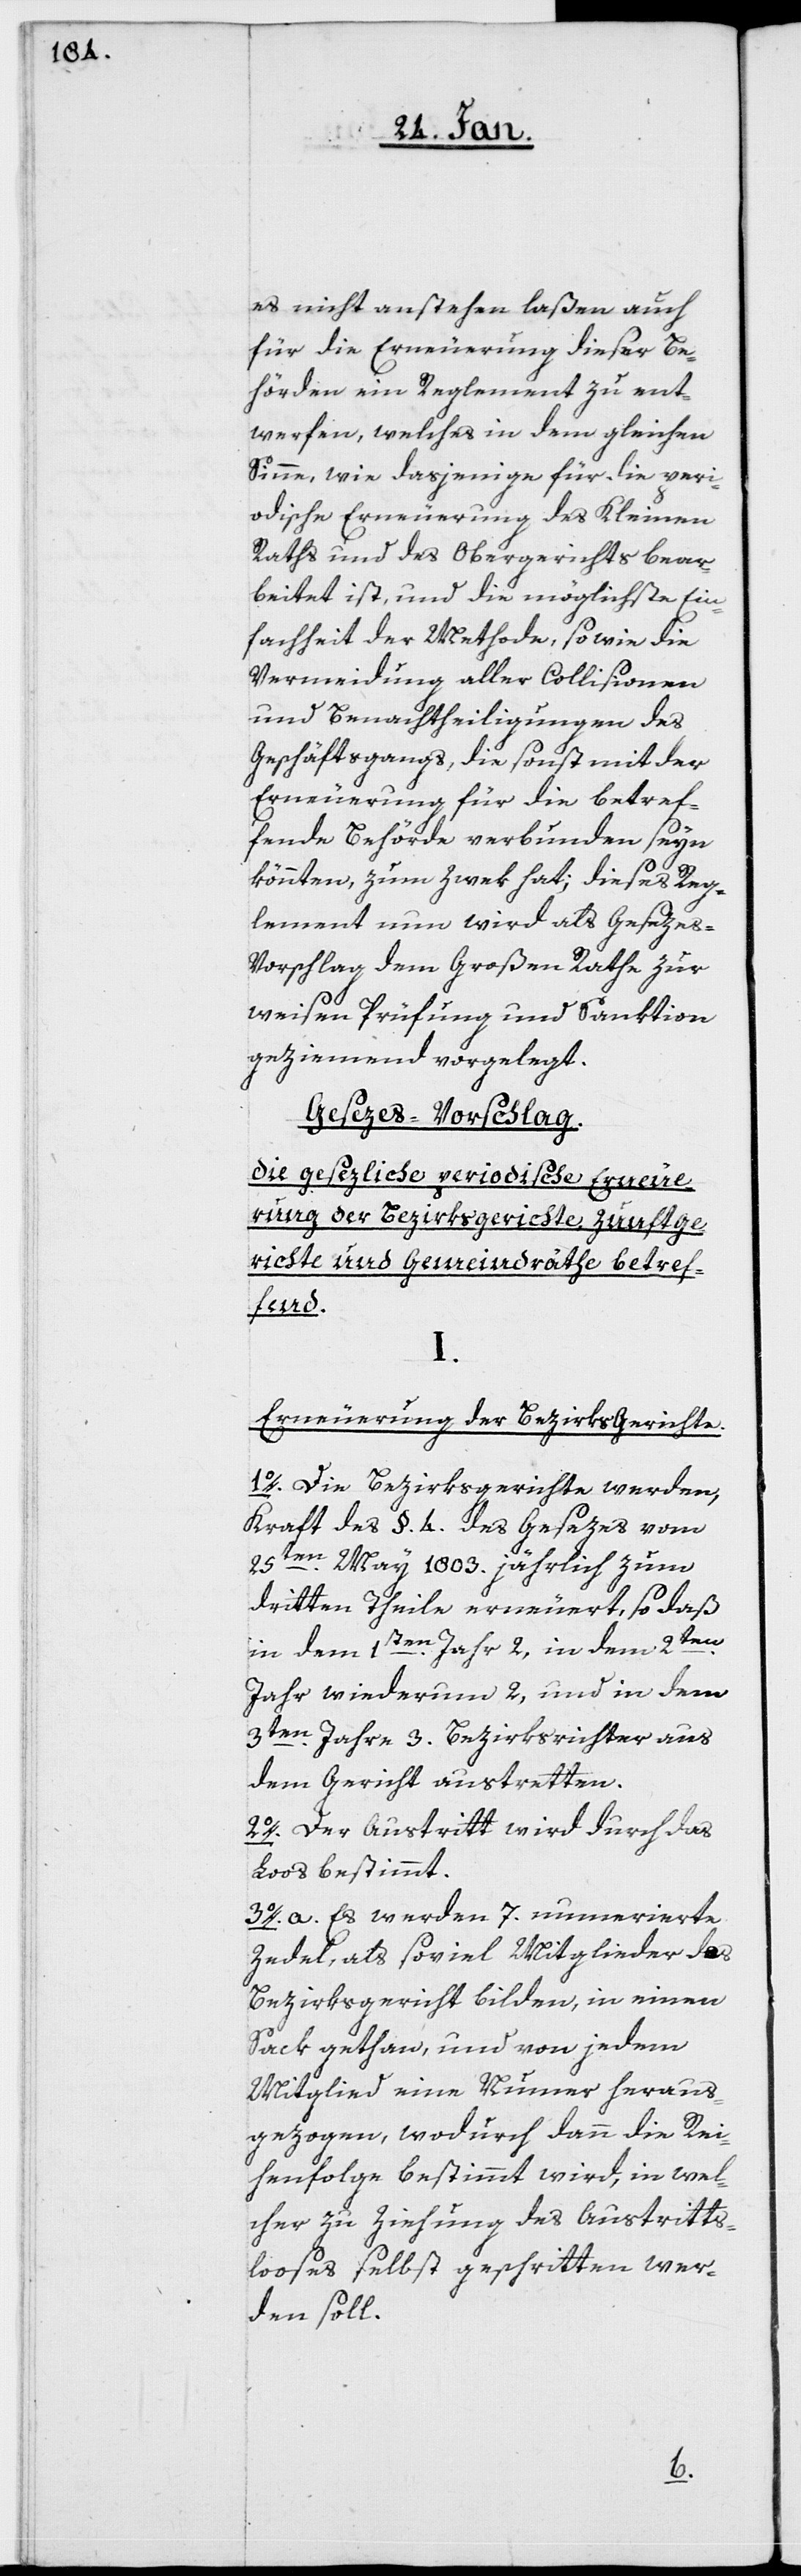
es nicht anstehen laßen, auch
für die Erneuerung dieser Be¬
hörden ein Reglement zu ent¬
werfen, welches in dem gleichen
Sinne, wie dasjenige für die peri¬
odische Erneuerung des kleinen
Raths und des Obergerichts bear¬
beitet ist, und die möglichste Ein¬
fachheit der Methode, sowie die
Vermeidung aller Collisionen
und Benachtheiligungen des
Geschäftsgangs, die sonst mit der
Erneuerung für die betref¬
fende Behörde verbunden seyn
könnten, zum Zwek hat; dieses Rege¬
lement nun wird als Geseze¬
s-Vorschlag dem Großen Rathe zur
weisen Prüfung und Sanktion
geziemend vorgelegt.
Gesezes-Vorschlag.
Die gesezliche periodische Erneue¬
rung der Bezirksgerichte, Zunftge¬
richte und Gemeindräthe betref¬
fend.
I.
Erneuerung der BezirksGerichte.
1o. Die Bezirksgerichte werden,
Kraft des §. 4. des Gesezes vom
25sten. May 1803 jährlich zum
dritten Theile erneuert, so daß
2ten.
in dem 1sten. Jahr 2, in dem
Jahr wiederum 2, und in dem
3ten. Jahr 3. Bezirksrichter aus
dem Gericht austretten.
2o. Der Austritt wird durch das
Los bestimmt.
3o. a. Es werden 7. nummerierte
Zedel, als soviel Mitglieder das
Bezirkgericht bilden, in einen
Sack gethan, und von jedem
Mitglied eine Nummer heraus¬
gezogen, wodurch dann die Rei¬
henfolge bestimmt wird, in wel¬
cher zu Ziehung des Austritts¬
looses selbst geschritten wer¬
den soll.